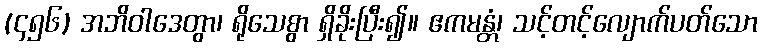
(၄၅၆) အဘိဝါဒေတွာ၊ ရိုသေစွာ ရှိခိုးပြီး၍။ ဧကမန္တံ၊ သင့်တင့်လျောက်ပတ်သော